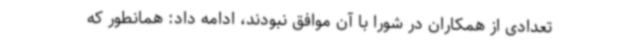
تعدادی از همکاران در شورا با آن موافق نبودند، ادامه داد: همانطور که